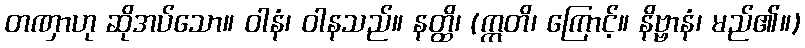
တဏှာဟု ဆိုအပ်သော။ ဝါနံ၊ ဝါနသည်။ နတ္ထိ၊ (ဣတိ၊ ကြောင့်။ နိဗ္ဗာနံ၊ မည်၏။)